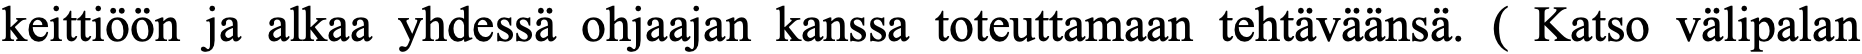
keittiöön ja alkaa yhdessä ohjaajan kanssa toteuttamaan tehtäväänsä. ( Katso välipalan